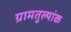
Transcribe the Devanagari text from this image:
ग्रामतुल्यांक